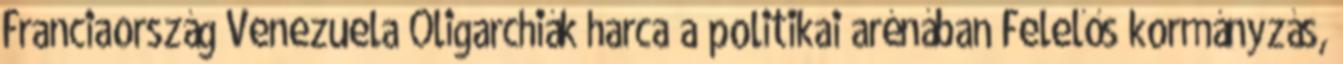
Franciaország Venezuela Oligarchiák harca a politikai arénában Felelős kormányzás,